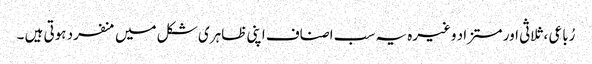
رُباعی ، ثلاثی اور مستزاد وغیرہ یہ سب اصناف اپنی ظاہری شکل میں منفرد ہوتی ہیں ۔